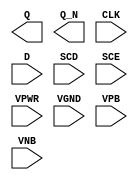
/**
 * Copyright 2020 The SkyWater PDK Authors
 *
 * Licensed under the Apache License, Version 2.0 (the "License");
 * you may not use this file except in compliance with the License.
 * You may obtain a copy of the License at
 *
 *     https://www.apache.org/licenses/LICENSE-2.0
 *
 * Unless required by applicable law or agreed to in writing, software
 * distributed under the License is distributed on an "AS IS" BASIS,
 * WITHOUT WARRANTIES OR CONDITIONS OF ANY KIND, either express or implied.
 * See the License for the specific language governing permissions and
 * limitations under the License.
 *
 * SPDX-License-Identifier: Apache-2.0
 */

`ifndef SKY130_FD_SC_HVL__SDFXBP_PP_BLACKBOX_V
`define SKY130_FD_SC_HVL__SDFXBP_PP_BLACKBOX_V

/**
 * sdfxbp: Scan delay flop, non-inverted clock, complementary outputs.
 *
 * Verilog stub definition (black box with power pins).
 *
 * WARNING: This file is autogenerated, do not modify directly!
 */

`timescale 1ns / 1ps
`default_nettype none

(* blackbox *)
module sky130_fd_sc_hvl__sdfxbp (
    Q   ,
    Q_N ,
    CLK ,
    D   ,
    SCD ,
    SCE ,
    VPWR,
    VGND,
    VPB ,
    VNB
);

    output Q   ;
    output Q_N ;
    input  CLK ;
    input  D   ;
    input  SCD ;
    input  SCE ;
    input  VPWR;
    input  VGND;
    input  VPB ;
    input  VNB ;
endmodule

`default_nettype wire
`endif  // SKY130_FD_SC_HVL__SDFXBP_PP_BLACKBOX_V